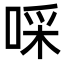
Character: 啋